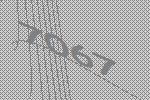
7067